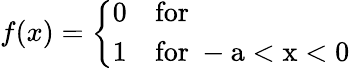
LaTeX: f(x)=\left\{ \begin{array}{ll}{{0}}&{{\mathrm{for~}}}\\ {{1}}&{{\mathrm{for~-a<x<0~}}}\end{array}\right.